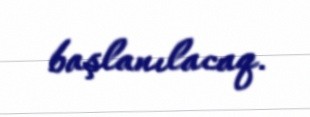
başlanılacaq.